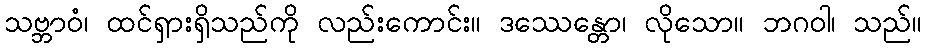
သဗ္ဘာဝံ၊ ထင်ရှားရှိသည်ကို လည်းကောင်း။ ဒဿေန္တော၊ လိုသော။ ဘဂဝါ၊ သည်။